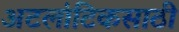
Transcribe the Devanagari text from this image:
अटलांटिकसाठी